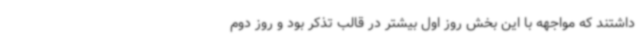
داشتند که مواجهه با این بخش روز اول بیشتر در قالب تذکر بود و روز دوم